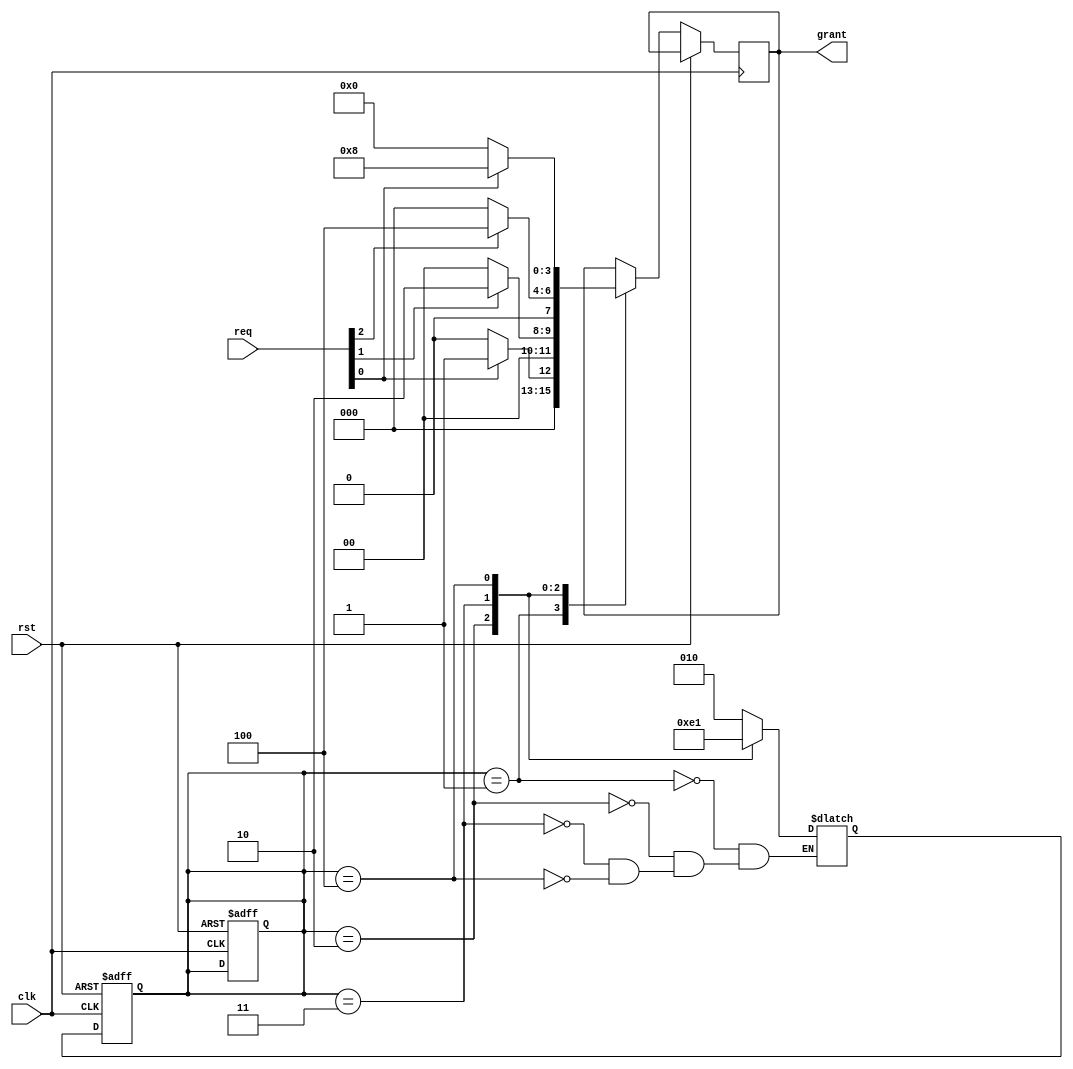
module RRA(clk,rst,req,grant);
input clk,rst;input [3:0] req;output reg [3:0] grant;
reg [2:0] ps,ns;
parameter state1=3'd1,state2=3'd2,state3=3'd3,state4=3'd4;
always @(*) begin 
case (ps)
state1:ns<=state2;
state2:ns<=state3;
state3:ns<=state4;
state4:ns<=state1;
endcase
end
always @(posedge clk or posedge rst) begin 
if(rst) ps<=state1; else ps<=ns; end
always @(posedge clk or posedge rst) begin 
if (rst) ps<=state1; else begin
case (ps)
state1:begin if(req[0])grant<=4'b0001;
             else grant<=4'b0000;
       end
state2:begin if(req[1])grant<=4'b0010;
             else grant<=4'b0000;
             end
state3:begin if(req[2])grant<=4'b0100;
             else grant<=4'b0000;
       end
state4:begin if(req[0])grant<=4'b1000;
             else grant<=4'b0000;
       end
endcase
end
end
endmodule